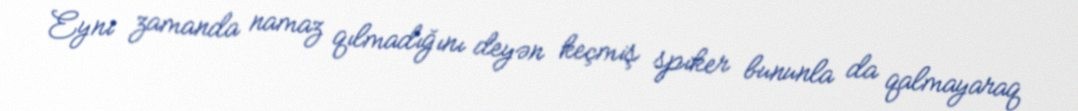
Eyni zamanda namaz qılmadığını deyən keçmiş spiker bununla da qalmayaraq